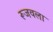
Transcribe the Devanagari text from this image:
रूजवला